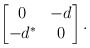
\begin{align*} \begin{bmatrix} 0 & -d \\ -d^* &0 \end{bmatrix}. \end{align*}